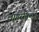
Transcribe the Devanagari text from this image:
लागरक्विस्न